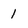
Character: 1